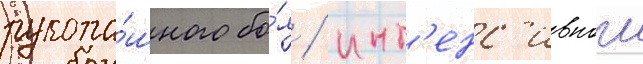
рукопа́шного бо́я / инт'енс'ивнои